Lunatic asylums Burma 1922-24 - 1922-1924
Year: 1922
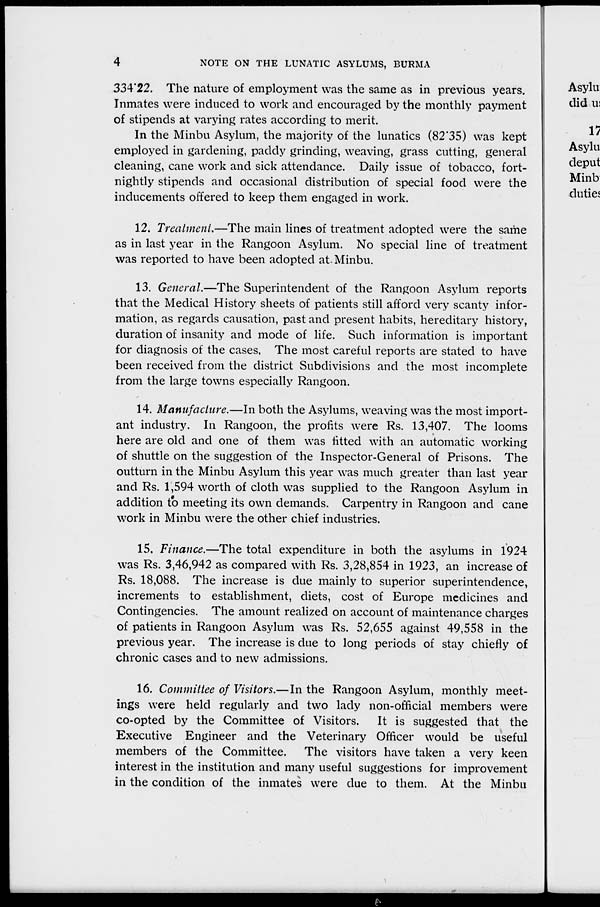
4
NOTE ON THE LUNATIC ASYLUMS, BURMA
334.22. The nature of employment was the same as in previous years.
Inmates were induced to work and encouraged by the monthly payment
of stipends at varying rates according to merit.
In the Minbu Asylum, the majority of the lunatics (82.35) was kept
employed in gardening, paddy grinding, weaving, grass cutting, general
cleaning, cane work and sick attendance. Daily issue of tobacco, fort-
nightly stipends and occasional distribution of special food were the
inducements offered to keep them engaged in work.
12. Treatment—The main lines of treatment adopted were the same
as in last year in the Rangoon Asylum. No special line of treatment
was reported to have been adopted at. Minbu.
13. General.—The Superintendent of the Rangoon Asylum reports
that the Medical History sheets of patients still afford very scanty infor-
mation, as regards causation, past and present habits, hereditary history,
duration of insanity and mode of life. Such information is important
for diagnosis of the cases, The most careful reports are stated to have
been received from the district Subdivisions and the most incomplete
from the large towns especially Rangoon.
14. Manufacture.—In both the Asylums, weaving was the most import-
ant industry. In Rangoon, the profits were Rs. 13,407. The looms
here are old and one of them was fitted with an automatic working
of shuttle on the suggestion of the Inspector-General of Prisons. The
outturn in the Minbu Asylum this year was much greater than last year
and Rs. 1,594 worth of cloth was supplied to the Rangoon Asylum in
addition to meeting its own demands. Carpentry in Rangoon and cane
work in Minbu were the other chief industries.
15. Finance.—The total expenditure in both the asylums in 1924
was Rs. 3,46,942 as compared with Rs. 3,28,854 in 1923, an increase of
Rs. 18,088. The increase is due mainly to superior superintendence,
increments to establishment, diets, cost of Europe medicines and
Contingencies. The amount realized on account of maintenance charges
of patients in Rangoon Asylum was Rs. 52,655 against 49,558 in the
previous year. The increase is due to long periods of stay chiefly of
chronic cases and to new admissions.
16. Committee of Visitors.—In the Rangoon Asylum, monthly meet-
ings were held regularly and two lady non-official members were
co-opted by the Committee of Visitors. It is suggested that the
Executive Engineer and the Veterinary Officer would be useful
members of the Committee. The visitors have taken a very keen
interest in the institution and many useful suggestions for improvement
in the condition of the inmates were due to them. At the Minbu